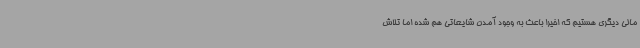
مالی دیگری هستیم که اخیرا باعث به وجود آمدن شایعاتی هم شده اما تلاش